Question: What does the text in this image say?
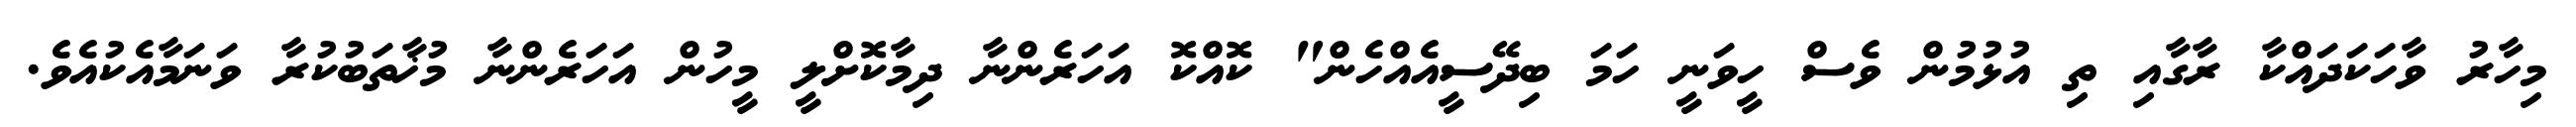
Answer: މިހާރު ވާހަކަދައްކާ ރާގާއި ތި އުޅުމުން ވެސް ހީވަނީ ހަމަ ބިދޭސީއެއްހެން" ކޮއްކޮ އަހަރެންނާ ދިމާކޮށްލީ މީހުން އަހަރެންނާ މުޚާތަބުކުރާ ވަނަމާއެކުއެވެ.